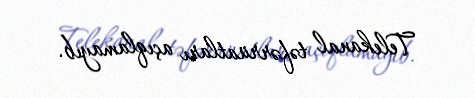
Telekanal təfərrüatları açıqlamayıb.